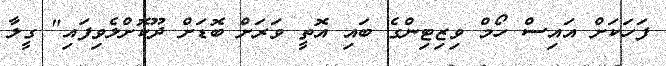
ފަހަކަށް އައިސް ހޯމް ވިޒިޓިންގެ ބައި އޮތީ ވަރަށް ބޮޑަށް ދޫކޮށްލެވިފައި" ގީލާ